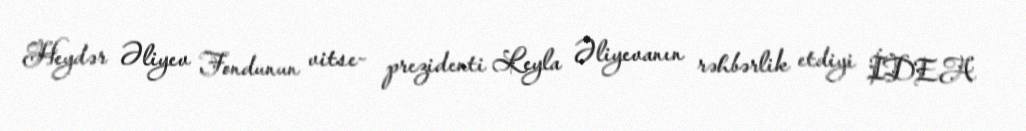
Heydər Əliyev Fondunun vitse- prezidenti Leyla Əliyevanın rəhbərlik etdiyi İDEA